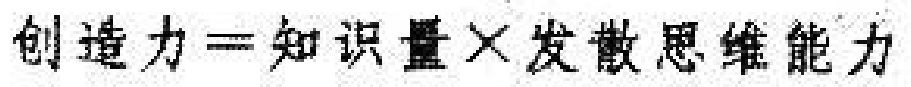
创造力=知识量\times 发散思维能力